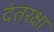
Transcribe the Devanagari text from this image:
दंतरक्षा